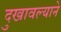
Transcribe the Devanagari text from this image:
दुखावल्याने